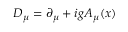
{ \cal D } _ { \mu } = \partial _ { \mu } + i g A _ { \mu } ( x )